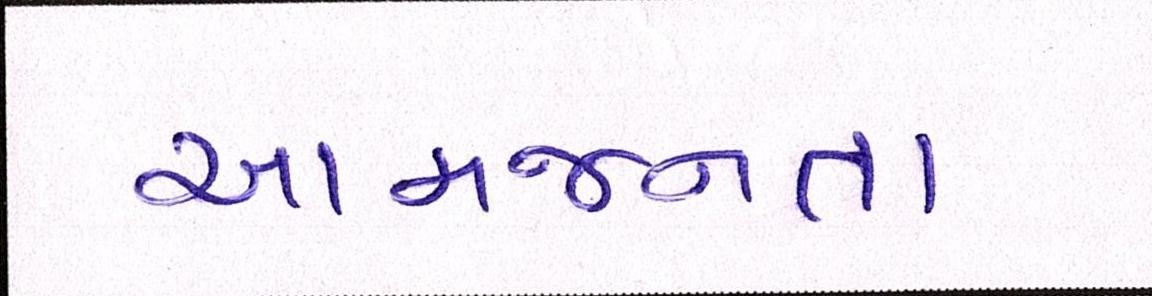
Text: આમજનતા